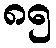
၈၅